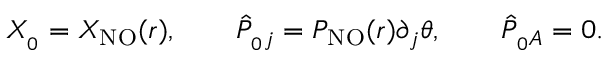
X _ { _ 0 } = X _ { \mathrm { N O } } ( r ) , \qquad { \hat { P } } _ { _ 0 j } = P _ { \mathrm { N O } } ( r ) \partial _ { j } \theta , \qquad { \hat { P } } _ { _ 0 A } = 0 .